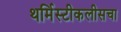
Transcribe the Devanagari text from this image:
थर्मिस्टीकलीसचा